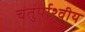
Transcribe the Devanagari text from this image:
चतुर्पाश्वीय